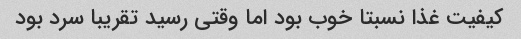
کیفیت غذا نسبتا خوب بود اما وقتی رسید تقریبا سرد بود